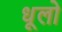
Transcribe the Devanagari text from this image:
धूलो